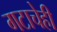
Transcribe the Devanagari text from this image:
गटाचेही